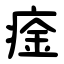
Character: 㾣